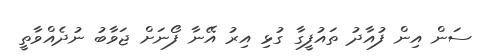
ސަން އިން ފުއާދު ތައުފީގާ ގުޅި އިރު އޭނާ ފޯނަށް ޖަވާބު ނުދެއްވާތީ